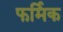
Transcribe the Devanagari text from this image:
फर्मिक